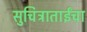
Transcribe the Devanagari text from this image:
सुचित्राताईंचा